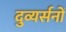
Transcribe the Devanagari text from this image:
दुव्यर्सनों